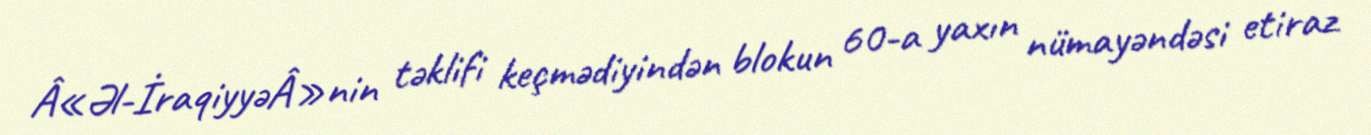
Â«Əl-İraqiyyəÂ»nin təklifi keçmədiyindən blokun 60-a yaxın nümayəndəsi etiraz